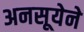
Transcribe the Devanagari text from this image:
अनसूयेने